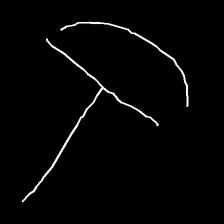
Glyph: dispersion